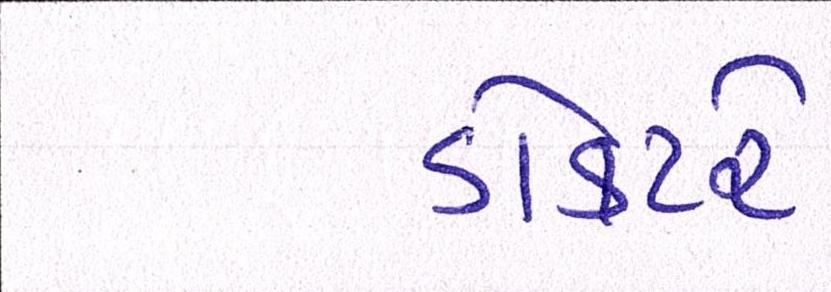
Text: ડોક્ટરે